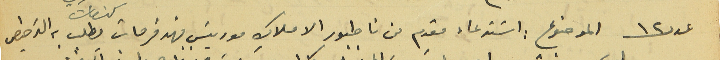
عدد ١٢ الموضوع : اسَتدعاء مقدم من ناطور الاملاك موريسَ فهد فرحات يطلب به الترخيص